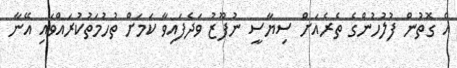
އެ ގޮތުން ފުލުހުންގެ ތެރެއަށް ސިޔާސީ ނުފޫޒު ވަދެފައިވާ ކަމަށް ތުހުމަތުކުރައްވައި އޭނާ